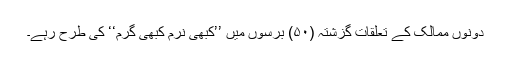
دونوں ممالک کے تعلقات گزشتہ (۵۰) برسوں میں ’’کبھی نرم کبھی گرم‘‘ کی طرح رہے۔